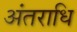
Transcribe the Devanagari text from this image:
अंतराधि